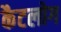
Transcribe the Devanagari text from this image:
कैटलोग